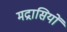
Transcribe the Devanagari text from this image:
मद्रासियों